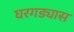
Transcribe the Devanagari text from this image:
घरगड्यास